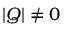
| Q | \neq 0